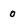
Character: 0